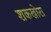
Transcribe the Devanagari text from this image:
शकखोरा